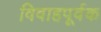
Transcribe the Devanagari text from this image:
विवाहपूर्वक